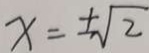
x = \pm \sqrt { 2 }